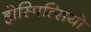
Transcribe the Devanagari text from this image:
होस्पित्सियो